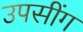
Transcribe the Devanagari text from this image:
उपसींग